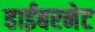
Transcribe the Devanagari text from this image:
हाईबरनेट